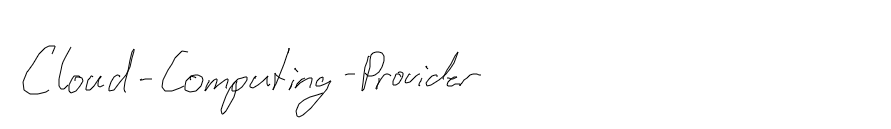
Cloud-Computing-Provider